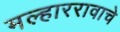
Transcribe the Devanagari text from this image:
मल्हाररावाचे